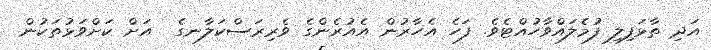
އަދި ތާޅަފިލި ފުމެލައްވާހުއްޓެވެ. ފަހެ އެހާރުން އެއުރެންގެ ވެރިރަސްކަލާނގެ  އަށް ކަށްވަޅުތަކުން